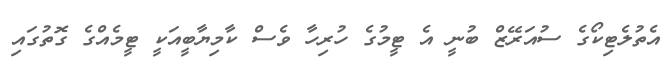
އެތުލެޓިކޯގެ ސުއަރޭޒް ބުނީ އެ ޓީމުގެ ހުރިހާ ވެސް ކާމިޔާބީއަކީ ޓީމެއްގެ ގޮތުގައި